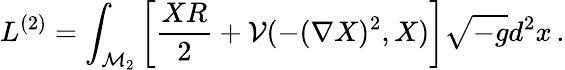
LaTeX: L^{(2)}=\int_{\mathcal{M}_{2}}\left[\frac{XR}2+\mathcal{V}(-(\nabla X)^{2},X)\right]\sqrt{-g}d^{2}x\, .